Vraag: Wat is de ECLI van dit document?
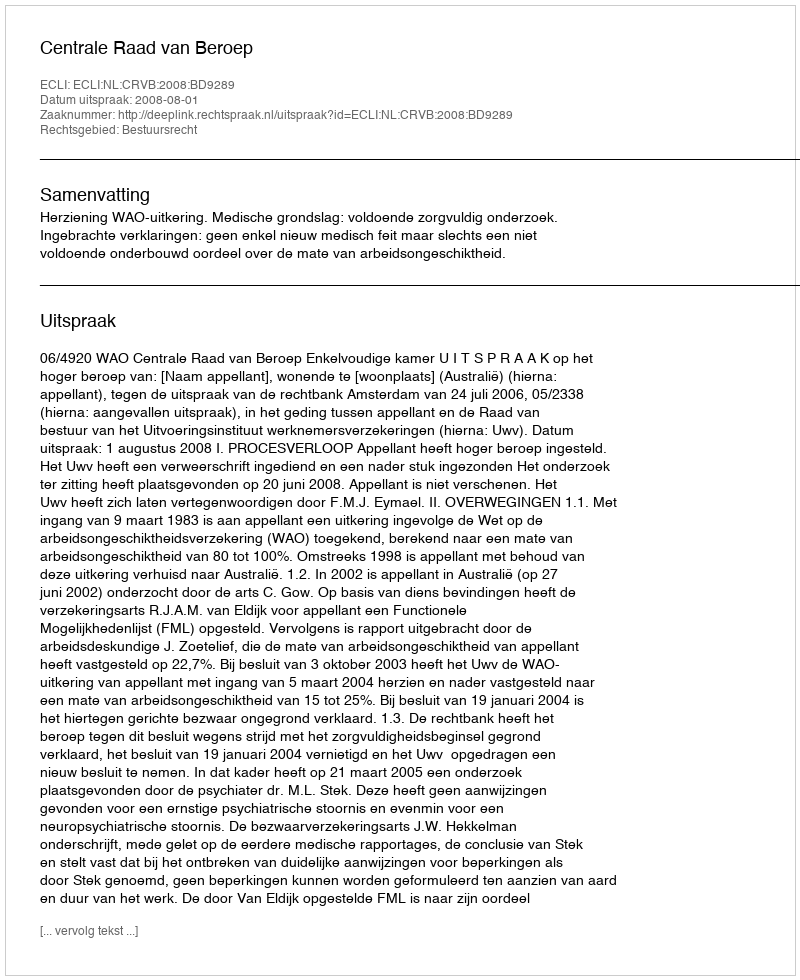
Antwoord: ECLI:NL:CRVB:2008:BD9289